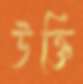
উক্তি